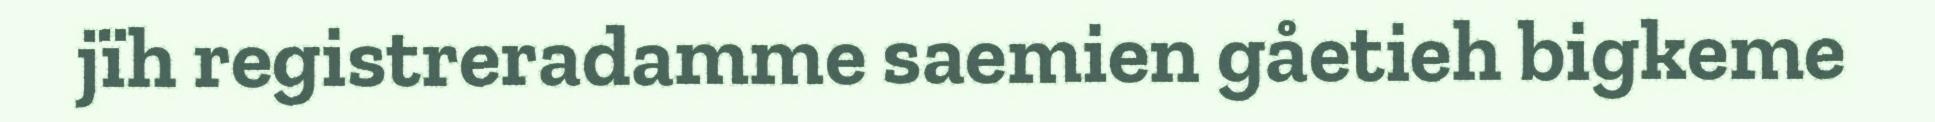
jïh registreradamme saemien gåetieh bigkeme